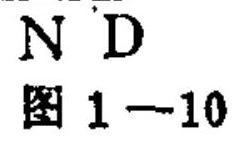
\(N D\)
图 \(1 - 10\)